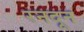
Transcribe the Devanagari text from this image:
रनदून